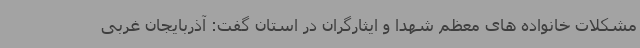
مشکلات خانواده های معظم شهدا و ایثارگران در استان گفت: آذربایجان غربی